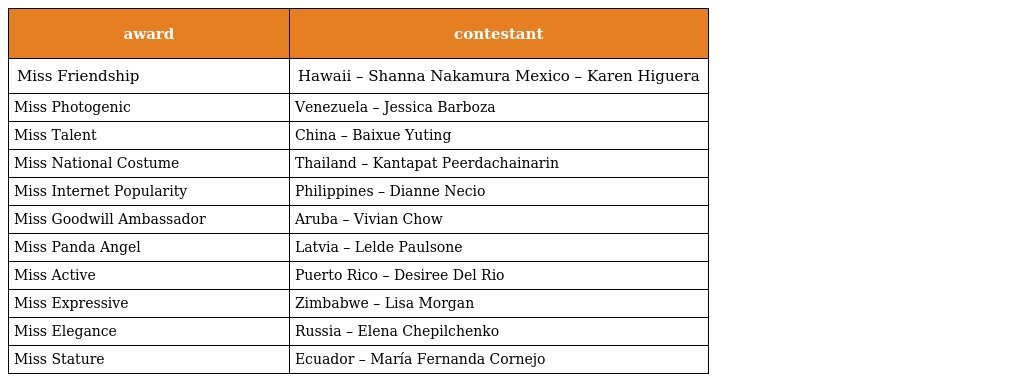
| award | contestant |
 | --- | --- |
 | Miss Friendship | Hawaii – Shanna Nakamura Mexico – Karen Higuera |
 | Miss Photogenic | Venezuela – Jessica Barboza |
 | Miss Talent | China – Baixue Yuting |
 | Miss National Costume | Thailand – Kantapat Peerdachainarin |
 | Miss Internet Popularity | Philippines – Dianne Necio |
 | Miss Goodwill Ambassador | Aruba – Vivian Chow |
 | Miss Panda Angel | Latvia – Lelde Paulsone |
 | Miss Active | Puerto Rico – Desiree Del Rio |
 | Miss Expressive | Zimbabwe – Lisa Morgan |
 | Miss Elegance | Russia – Elena Chepilchenko |
 | Miss Stature | Ecuador – María Fernanda Cornejo |